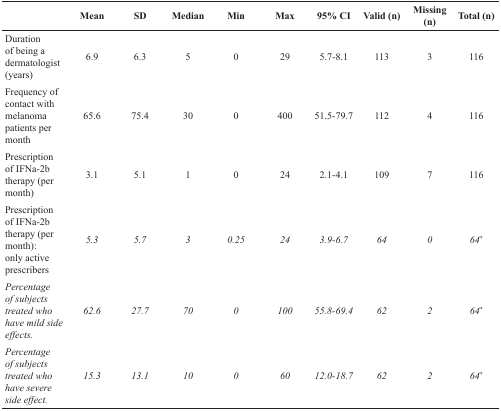
<table><thead><tr><td></td><td><b>Mean</b></td><td><b>SD</b></td><td><b>Median</b></td><td><b>Min</b></td><td><b>Max</b></td><td><b>95% CI</b></td><td><b>Valid (n)</b></td><td><b>Missing (n)</b></td><td><b>Total (n)</b></td></tr></thead><tbody><tr><td>Duration of being a dermatologist (years)</td><td>6.9</td><td>6.3</td><td>5</td><td>0</td><td>29</td><td>5.7-8.1</td><td>113</td><td>3</td><td>116</td></tr><tr><td>Frequency of contact with melanoma patients per month</td><td>65.6</td><td>75.4</td><td>30</td><td>0</td><td>400</td><td>51.5-79.7</td><td>112</td><td>4</td><td>116</td></tr><tr><td>Prescription of IFNa-2b therapy (per month)</td><td>3.1</td><td>5.1</td><td>1</td><td>0</td><td>24</td><td>2.1-4.1</td><td>109</td><td>7</td><td>116</td></tr><tr><td>Prescription of IFNa-2b therapy (per month): only active prescribers</td><td><i>5.3</i></td><td><i>5.7</i></td><td><i>3</i></td><td><i>0.25</i></td><td><i>24</i></td><td><i>3.9-6.7</i></td><td><i>64</i></td><td><i>0</i></td><td><i>64<sup>*</sup></i></td></tr><tr><td><i>Percentage of subjects treated who have mild side effects.</i></td><td><i>62.6</i></td><td><i>27.7</i></td><td><i>70</i></td><td><i>0</i></td><td><i>100</i></td><td><i>55.8-69.4</i></td><td><i>62</i></td><td><i>2</i></td><td><i>64<sup>*</sup></i></td></tr><tr><td><i>Percentage of subjects treated who have severe side effect.</i></td><td><i>15.3</i></td><td><i>13.1</i></td><td><i>10</i></td><td><i>0</i></td><td><i>60</i></td><td><i>12.0-18.7</i></td><td><i>62</i></td><td><i>2</i></td><td><i>64<sup>*</sup></i></td></tr></tbody></table>